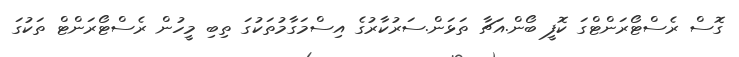
ގޮސް ރެސްޓޯރަންޓްގަ ކޮފީ ބޯން.އަޗާ ތަޅަން.ސަރުކާރުގެ އިސްމަގާމުތަކުގަ ތިބި މީހުން ރެސްޓޯރަންޓް ތަކުގަ